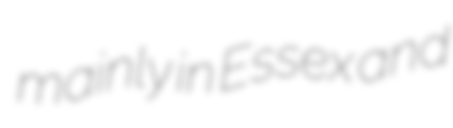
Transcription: mainly in Essex and